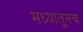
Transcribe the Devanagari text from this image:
मध्यातूनच